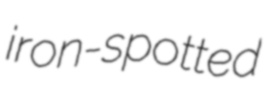
iron-spotted